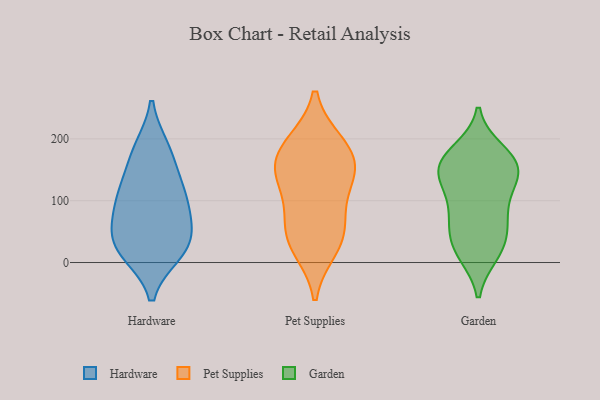
{"axis": {"x": "Temperature (°C)", "y": "Value"}, "legend": ["Garden", "Hardware", "Pet Supplies"], "data": [{"x": "", "y": 17, "type": "Hardware"}, {"x": "", "y": 184, "type": "Hardware"}, {"x": "", "y": 99, "type": "Hardware"}, {"x": "", "y": 37, "type": "Hardware"}, {"x": "", "y": 139, "type": "Hardware"}, {"x": "", "y": 180, "type": "Hardware"}, {"x": "", "y": 24, "type": "Hardware"}, {"x": "", "y": 106, "type": "Hardware"}, {"x": "", "y": 56, "type": "Hardware"}, {"x": "", "y": 16, "type": "Hardware"}, {"x": "", "y": 66, "type": "Hardware"}, {"x": "", "y": 109, "type": "Hardware"}, {"x": "", "y": 24, "type": "Pet Supplies"}, {"x": "", "y": 142, "type": "Pet Supplies"}, {"x": "", "y": 54, "type": "Pet Supplies"}, {"x": "", "y": 192, "type": "Pet Supplies"}, {"x": "", "y": 190, "type": "Pet Supplies"}, {"x": "", "y": 145, "type": "Pet Supplies"}, {"x": "", "y": 131, "type": "Pet Supplies"}, {"x": "", "y": 168, "type": "Pet Supplies"}, {"x": "", "y": 36, "type": "Pet Supplies"}, {"x": "", "y": 77, "type": "Pet Supplies"}, {"x": "", "y": 60, "type": "Garden"}, {"x": "", "y": 154, "type": "Garden"}, {"x": "", "y": 41, "type": "Garden"}, {"x": "", "y": 162, "type": "Garden"}, {"x": "", "y": 14, "type": "Garden"}, {"x": "", "y": 148, "type": "Garden"}, {"x": "", "y": 170, "type": "Garden"}, {"x": "", "y": 132, "type": "Garden"}, {"x": "", "y": 74, "type": "Garden"}, {"x": "", "y": 16, "type": "Garden"}, {"x": "", "y": 127, "type": "Garden"}, {"x": "", "y": 136, "type": "Garden"}, {"x": "", "y": 73, "type": "Garden"}, {"x": "", "y": 97, "type": "Garden"}, {"x": "", "y": 23, "type": "Garden"}, {"x": "", "y": 180, "type": "Garden"}, {"x": "", "y": 169, "type": "Garden"}]}